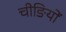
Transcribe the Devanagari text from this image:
चीङियों